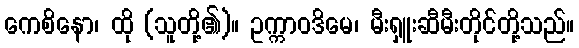
ကေစိနော၊ ထို (သူတို့၏)။ ဥက္ကာဝဒိမေ၊ မီးရှူးဆီမီးတိုင်တို့သည်။